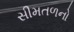
સીમતળનો